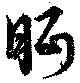
眄